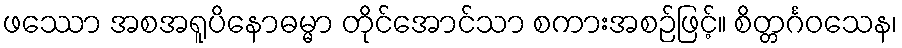
ဖဿော အစအရူပိနောဓမ္မာ တိုင်အောင်သာ စကားအစဉ်ဖြင့်။ စိတ္တင်္ဂဝသေန၊